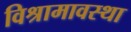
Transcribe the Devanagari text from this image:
विश्रामावस्था